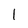
Character: 1